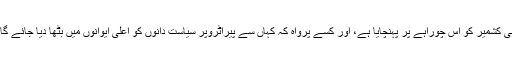
کون محبوبہ مفتی یا عمر عبداللہ کے حق میں جلوس نکالے جن کے سیاسی کرتوتوں نے ہی کشمیر کو اس چوراہے پر پہنچایا ہے، اور کسے پرواہ کہ کہاں سے پیراٹروپر سیاست دانوں کو اعلیٰ ایوانوں میں بٹھا دیا جائے گا...اور سب سے زیادہ کسے خبر کہ عالمی میڈیا نے کشمیر کو صحیح تناظر میں پیش کیا۔